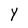
Character: Y